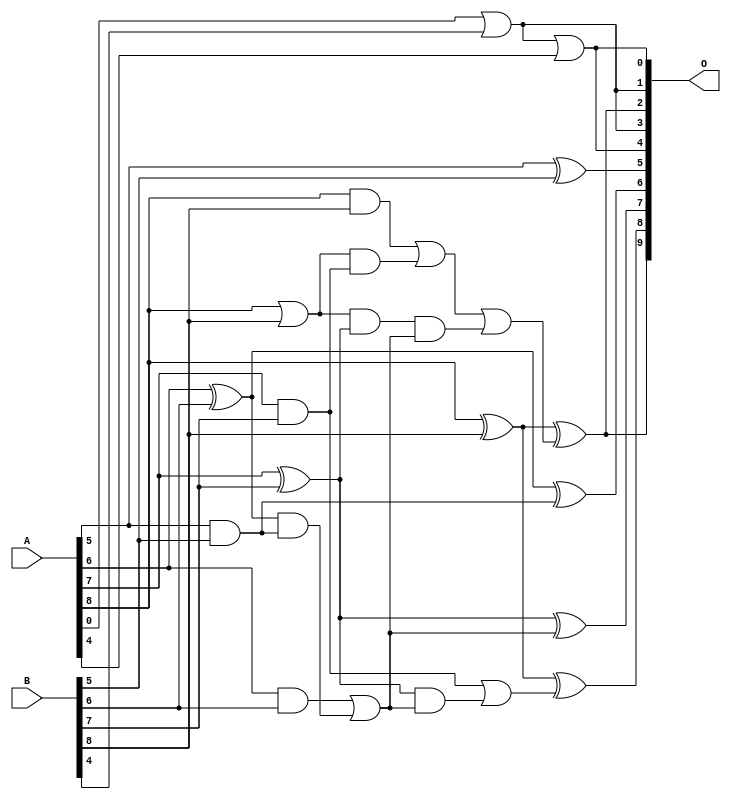
/***
* This code is a part of EvoApproxLib library (ehw.fit.vutbr.cz/approxlib) distributed under The MIT License.
* When used, please cite the following article(s): V. Mrazek, L. Sekanina, Z. Vasicek "Libraries of Approximate Circuits: Automated Design and Application in CNN Accelerators" IEEE Journal on Emerging and Selected Topics in Circuits and Systems, Vol 10, No 4, 2020 
* This file contains a circuit from a sub-set of pareto optimal circuits with respect to the pwr and mre parameters
***/
// MAE% = 2.23 %
// MAE = 11 
// WCE% = 6.84 %
// WCE = 35 
// WCRE% = 2600.00 %
// EP% = 97.44 %
// MRE% = 20.67 %
// MSE = 186 
// PDK45_PWR = 0.017 mW
// PDK45_AREA = 43.6 um2
// PDK45_DELAY = 0.31 ns

module add9se_0AD (
    A,
    B,
    O
);

input [8:0] A;
input [8:0] B;
output [9:0] O;

wire sig_28,sig_29,sig_30,sig_31,sig_32,sig_33,sig_34,sig_35,sig_36,sig_43,sig_45,sig_46,sig_47,sig_48,sig_57,sig_58,sig_59,sig_66,sig_67,sig_71;
wire sig_73,sig_74,sig_75,sig_76;

assign sig_28 = A[5] & B[5];
assign sig_29 = A[5] ^ B[5];
assign sig_30 = A[6] & B[6];
assign sig_31 = A[6] ^ B[6];
assign sig_32 = A[7] & B[7];
assign sig_33 = A[7] ^ B[7];
assign sig_34 = A[8] & B[8];
assign sig_35 = A[8] | B[8];
assign sig_36 = A[8] ^ B[8];
assign sig_43 = sig_31 & sig_28;
assign sig_45 = sig_30 | sig_43;
assign sig_46 = sig_35 & sig_32;
assign sig_47 = sig_35 & sig_33;
assign sig_48 = sig_34 | sig_46;
assign sig_57 = A[0] | B[4];
assign sig_58 = sig_47 & sig_45;
assign sig_59 = sig_48 | sig_58;
assign sig_66 = sig_33 & sig_45;
assign sig_67 = sig_32 | sig_66;
assign sig_71 = sig_57 | A[4];
assign sig_73 = sig_31 ^ sig_28;
assign sig_74 = sig_33 ^ sig_45;
assign sig_75 = sig_36 ^ sig_67;
assign sig_76 = sig_36 ^ sig_59;

assign O[9] = sig_76;
assign O[8] = sig_75;
assign O[7] = sig_74;
assign O[6] = sig_73;
assign O[5] = sig_29;
assign O[4] = sig_71;
assign O[3] = sig_57;
assign O[2] = sig_76;
assign O[1] = sig_57;
assign O[0] = sig_71;

endmodule